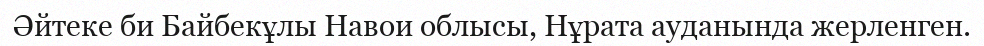
Әйтеке би Байбекұлы Навои облысы, Нұрата ауданында жерленген.